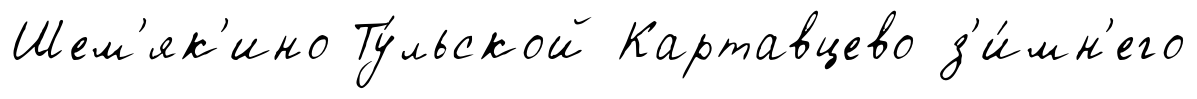
Шем'як'ино Ту́льской Картавцево з'и́мн'его